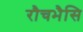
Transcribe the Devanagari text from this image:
रौचभैसि